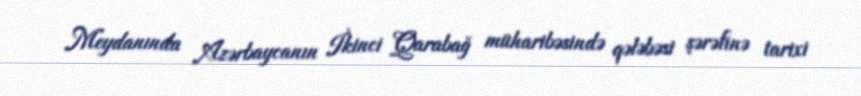
Meydanında Azərbaycanın İkinci Qarabağ müharibəsində qələbəsi şərəfinə tarixi